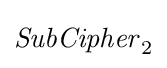
{\mathit {SubCipher}}_{2}